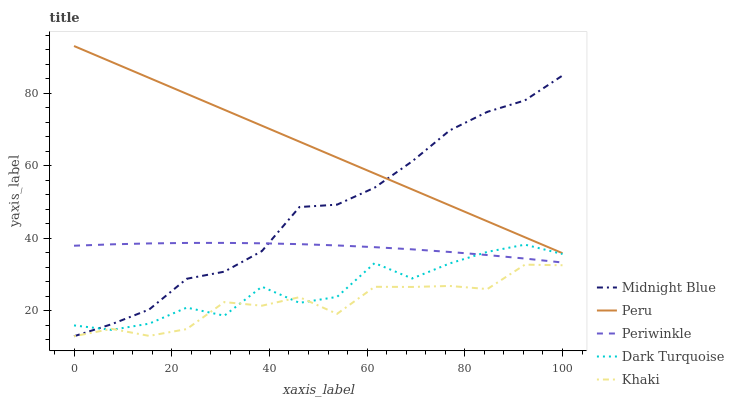
| xaxis_label | Midnight Blue | Peru | Periwinkle | Dark Turquoise | Khaki |
 | --- | --- | --- | --- | --- | --- |
 | 0 | 13 | 93 | 38 | 16 | 13 |
 | 7.69 | 16.3 | 88.6 | 38.3 | 14.8 | 15 |
 | 15.4 | 20.4 | 84.2 | 38.6 | 16.5 | 13.1 |
 | 23.1 | 28.8 | 79.8 | 38.7 | 20.9 | 15 |
 | 30.8 | 30.8 | 75.4 | 38.7 | 18.7 | 22.4 |
 | 38.5 | 36.5 | 71 | 38.6 | 26.7 | 21.4 |
 | 46.2 | 48.6 | 66.6 | 38.4 | 22.2 | 23.8 |
 | 53.8 | 49.3 | 62.3 | 38 | 23.8 | 19.2 |
 | 61.5 | 54 | 57.9 | 37.6 | 33.2 | 26.6 |
 | 69.2 | 61.2 | 53.5 | 37 | 28.9 | 26.6 |
 | 76.9 | 69.7 | 49.1 | 36.2 | 33.1 | 26.9 |
 | 84.6 | 74.9 | 44.7 | 35.4 | 36.3 | 26 |
 | 92.3 | 78 | 40.3 | 34.4 | 38.3 | 32.7 |
 | 100 | 84.9 | 35.9 | 33.3 | 35.7 | 32.6 |